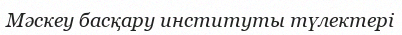
Мәскеу басқару институты түлектері